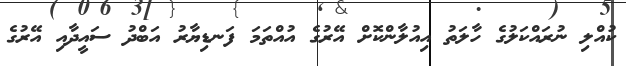
ކުއްލި ނުރައްކަލުގެ ހާލަތު އިއުލާންކޮށް އޭރުގެ އުއްތަމަ ފަނޑިޔާރު އަބްދު ސައީދާއި އޭރުގެ